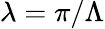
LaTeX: \lambda=\pi/\Lambda